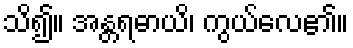
သိ၍။ အန္တရဓာယိ၊ ကွယ်လေ၏။